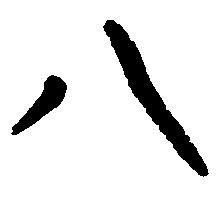
八